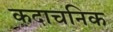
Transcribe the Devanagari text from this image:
कदाचनिक